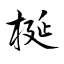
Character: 梴